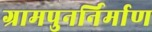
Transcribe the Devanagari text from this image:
ग्रामपुनर्निर्माण